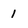
Character: 1